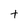
Character: t